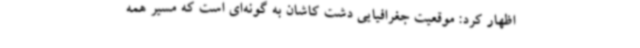
اظهار کرد: موقعیت جغرافیایی دشت کاشان به گونه‌ای است که مسیر همه